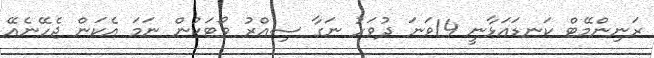
ރަނިންމޭޓް ކަނޑައަޅާނީ 14ވަނަ ދުވަހު ނަގާ ސިއްރު ވޯޓަކުން ނަމަ އެކަން ޖެހޭނެއޭ